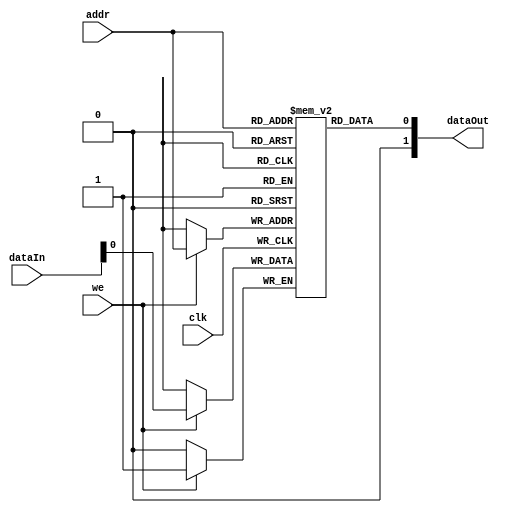
module dmem (input clk, we,
output [1:0]dataOut,input [1:0]dataIn,input addr);
//Clock, RE, WE, DATAIN, DATAOUT, ADDR, 
reg RAM[1:0];

assign dataOut = RAM[addr];

always @ (posedge clk)begin
if (we)
RAM[addr] <= dataIn;
end
endmodule